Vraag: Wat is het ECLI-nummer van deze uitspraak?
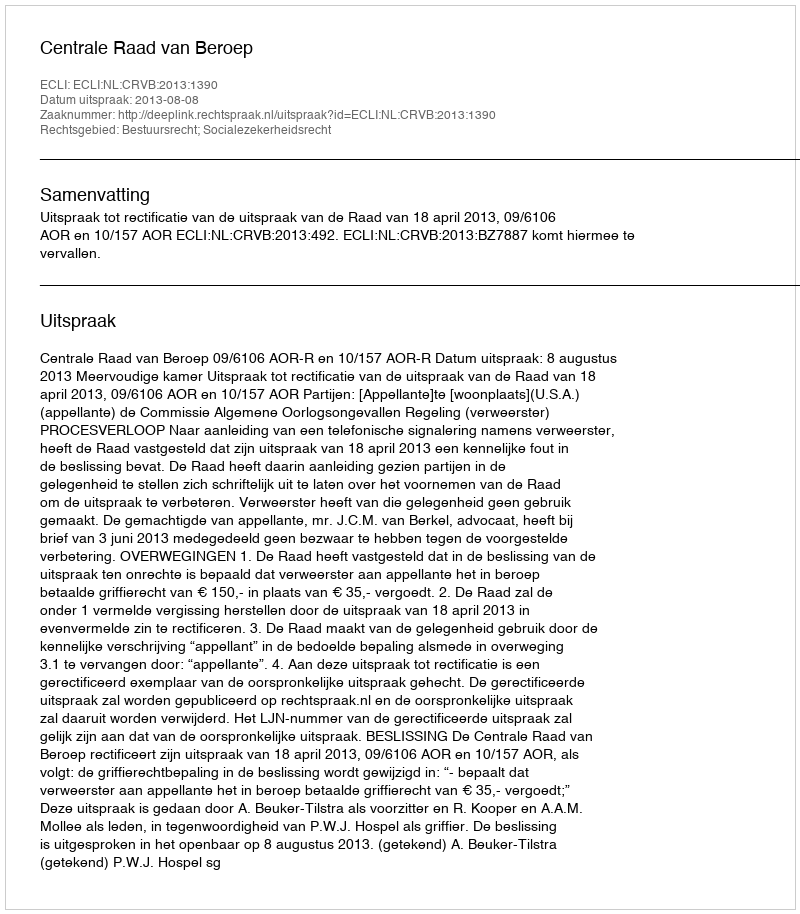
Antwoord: ECLI:NL:CRVB:2013:1390